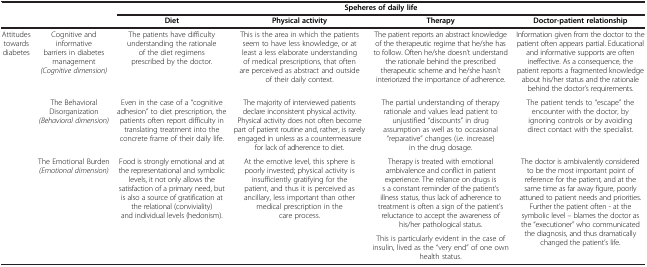
<table><thead><tr><td><b> </b></td><td><b> </b></td><td colspan="4"><b>Speheres of daily life</b></td></tr><tr><td><b> </b></td><td><b> </b></td><td><b>Diet</b></td><td><b>Physical activity</b></td><td><b>Therapy</b></td><td><b>Doctor-patient relationship</b></td></tr></thead><tbody><tr><td rowspan="4">Attitudes towards diabetes</td><td>Cognitive and informative barriers in diabetes management <i>(Cognitive dimension)</i></td><td>The patients have difficulty understanding the rationale of the diet regimens prescribed by the doctor.</td><td>This is the area in which the patients seem to have less knowledge, or at least a less elaborate understanding of medical prescriptions, that often are perceived as abstract and outside of their daily context.</td><td>The patient reports an abstract knowledge of the therapeutic regime that he/she has to follow. Often he/she doesn’t understand the rationale behind the prescribed therapeutic scheme and he/she hasn’t interiorized the importance of adherence.</td><td>Information given from the doctor to the patient often appears partial. Educational and informative supports are often ineffective. As a consequence, the patient reports a fragmented knowledge about his/her status and the rationale behind the doctor’s requirements.</td></tr><tr><td>The Behavioral Disorganization <i>(Behavioral dimension)</i></td><td>Even in the case of a “cognitive adhesion” to diet prescription, the patients often report difficulty in translating treatment into the concrete frame of their daily life.</td><td>The majority of interviewed patients declare inconsistent physical activity. Physical activity does not often become part of patient routine and, rather, is rarely engaged in unless as a countermeasure for lack of adherence to diet.</td><td>The partial understanding of therapy rationale and values lead patient to unjustified “discounts” in drug assumption as well as to occasional “reparative” changes (i.e. increase) in the drug dosage.</td><td>The patient tends to “escape” the encounter with the doctor, by ignoring controls or by avoiding direct contact with the specialist.</td></tr><tr><td rowspan="2">The Emotional Burden <i>(Emotional dimension)</i></td><td rowspan="2">Food is strongly emotional and at the representational and symbolic levels, it not only allows the satisfaction of a primary need, but is also a source of gratification at the relational (conviviality) and individual levels (hedonism).</td><td rowspan="2">At the emotive level, this sphere is poorly invested; physical activity is insufficiently gratifying for the patient, and thus it is perceived as ancillary, less important than other medical prescription in the care process.</td><td>Therapy is treated with emotional ambivalence and conflict in patient experience. The reliance on drugs is s a constant reminder of the patient’s illness status, thus lack of adherence to treatment is often a sign of the patient’s reluctance to accept the awareness of his/her pathological status.</td><td rowspan="2">The doctor is ambivalently considered to be the most important point of reference for the patient, and at the same time as far away figure, poorly attuned to patient needs and priorities. Further the patient often - at the symbolic level – blames the doctor as the “executioner” who communicated the diagnosis, and thus dramatically changed the patient’s life.</td></tr><tr><td>This is particularly evident in the case of insulin, lived as the “very end” of one own health status.</td></tr></tbody></table>